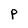
Character: P